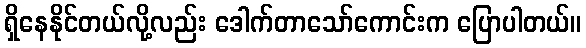
ရှိနေနိုင်တယ်လို့လည်း ဒေါက်တာသော်ကောင်းက ပြောပါတယ်။